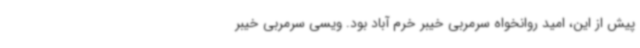
پیش از این، امید روانخواه سرمربی خیبر خرم آباد بود. ویسی سرمربی خیبر